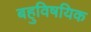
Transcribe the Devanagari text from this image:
बहुविषयिक